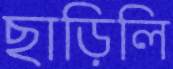
ছাড়িলি